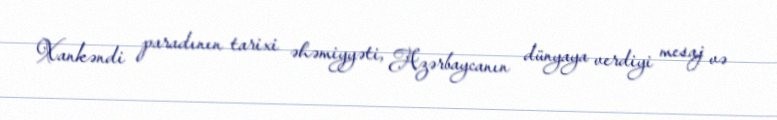
Xankəndi paradının tarixi əhəmiyyəti, Azərbaycanın dünyaya verdiyi mesaj və